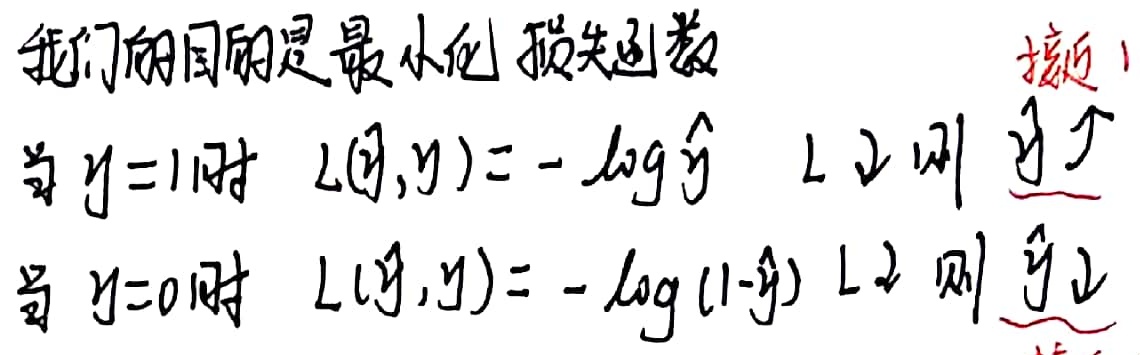
我们的目的是最小化损失函数。当\(y = 1\)时，\(L(\hat{y},y)=-\log\hat{y}\)，\(L\downarrow\)则\(\hat{y}\uparrow\)；当\(y = 0\)时，\(L(\hat{y},y)=-\log(1 - \hat{y})\)，\(L\downarrow\)则\(\hat{y}\downarrow\)。